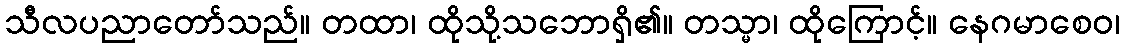
သီလပညာတော်သည်။ တထာ၊ ထိုသို့သဘောရှိ၏။ တသ္မာ၊ ထိုကြောင့်။ နေဂမာစေဝ၊